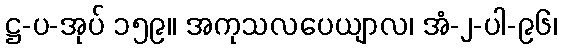
ဋ္ဌ-ပ-အုပ် ၁၅၉။ အကုသလပေယျာလ၊ အံ-၂-ပါ-၉၆၊